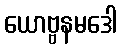
ယောဗ္ဗနမဒေါ